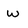
Character: w